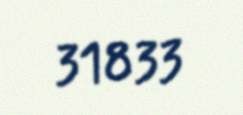
31833